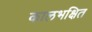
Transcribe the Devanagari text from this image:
कालभक्षित